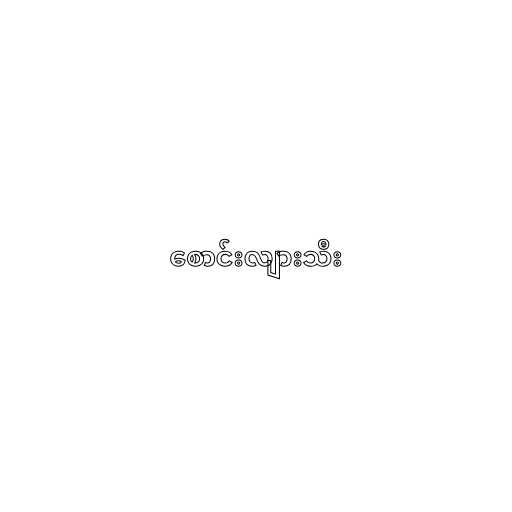
စောင်းလျားသီး